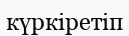
күркіретіп